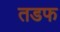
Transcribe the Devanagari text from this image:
तडफ